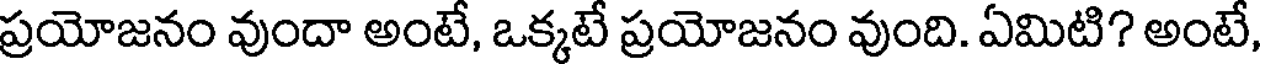
ప్రయోజనం వుందా అంటే, ఒక్కటే ప్రయోజనం వుంది. ఏమిటి? అంటే,